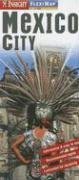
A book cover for Mexico City Insight Fleximap (Fleximaps); Travel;